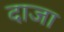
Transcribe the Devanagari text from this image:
दाजा